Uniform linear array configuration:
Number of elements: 64
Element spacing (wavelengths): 0.5
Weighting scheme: kaiser
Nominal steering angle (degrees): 15
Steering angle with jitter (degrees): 13.126
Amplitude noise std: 0.05
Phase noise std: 0.05

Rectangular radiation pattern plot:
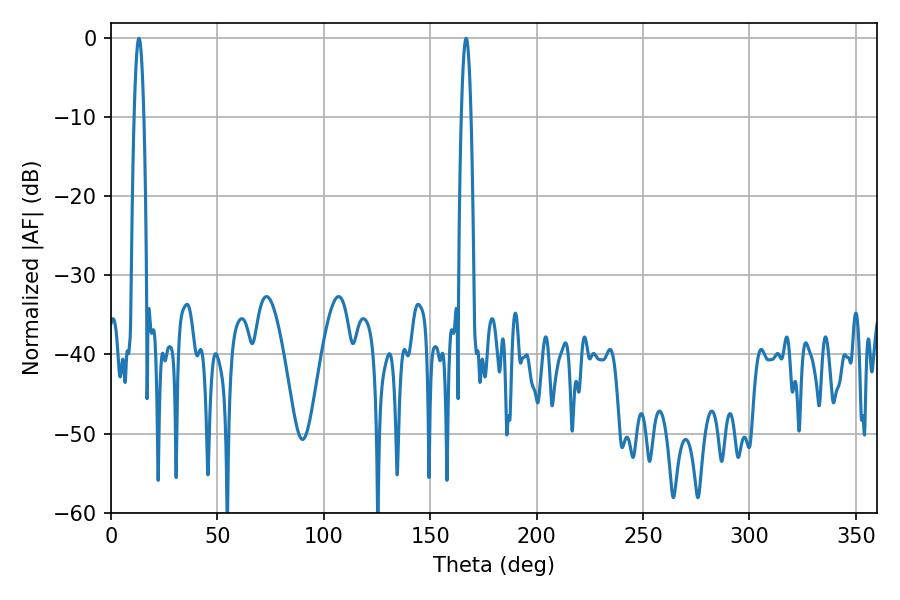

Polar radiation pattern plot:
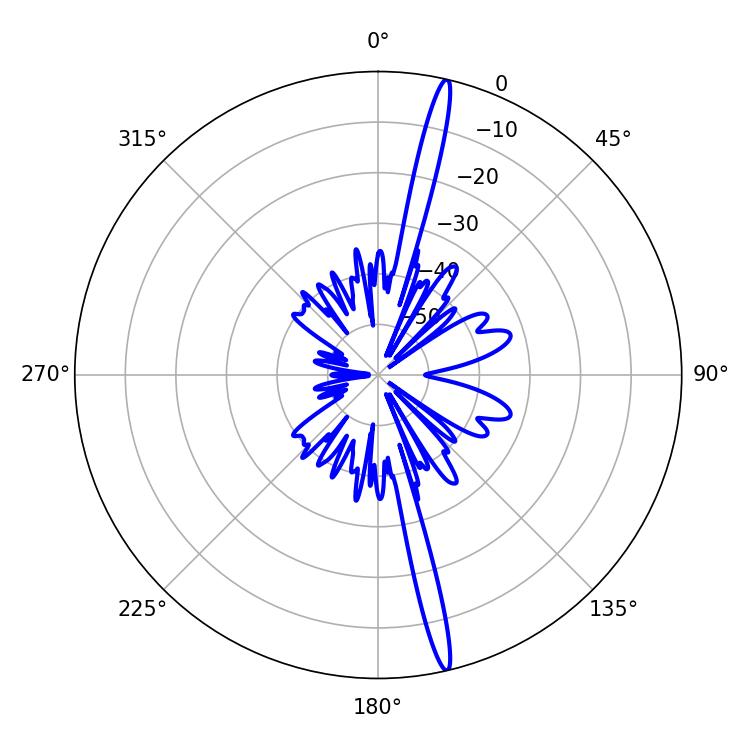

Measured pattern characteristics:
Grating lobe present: FALSE
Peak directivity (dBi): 19.595
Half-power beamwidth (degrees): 2.52
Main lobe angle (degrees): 13.14